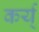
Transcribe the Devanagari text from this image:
कर्य्